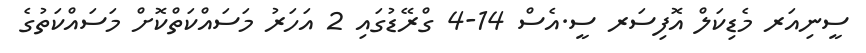
ސީނިއަރ މެޑިކަލް އޮފިސަރ ސީ.އެސް 14-4 ގްރޭޑުގައި 2 އަހަރު މަސައްކަތްކޮށް މަސައްކަތުގެ